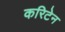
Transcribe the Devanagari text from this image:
करिटेन